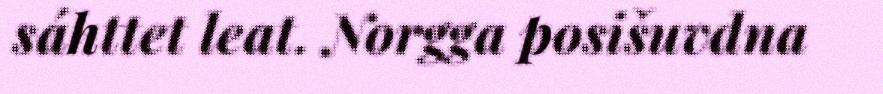
sáhttet leat. Norgga posišuvdna